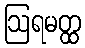
ဩရမတ္ထ